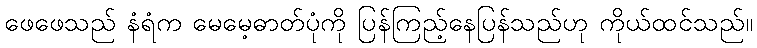
ဖေဖေသည် နံရံက မေမေ့ဓာတ်ပုံကို ပြန်ကြည့်နေပြန်သည်ဟု ကိုယ်ထင်သည်။